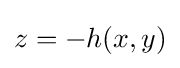
z=-h(x,y)